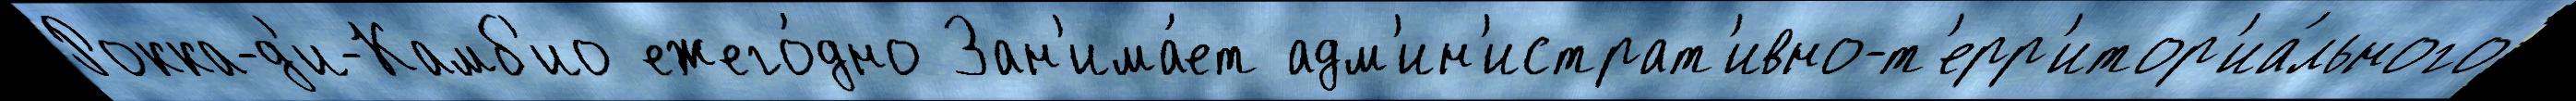
Рокка-д'и-Камб'ио ежего́дно Зан'има́ет адм'ин'истрат'ивно-т'ерр'итор'иа́льного